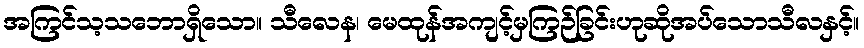
အကြင်သ့သဘောရှိသော။ သီလေန၊ မေထုန်အကျင့်မှကြဉ်ခြင်းဟုဆိုအပ်သောသီလနှင့်။